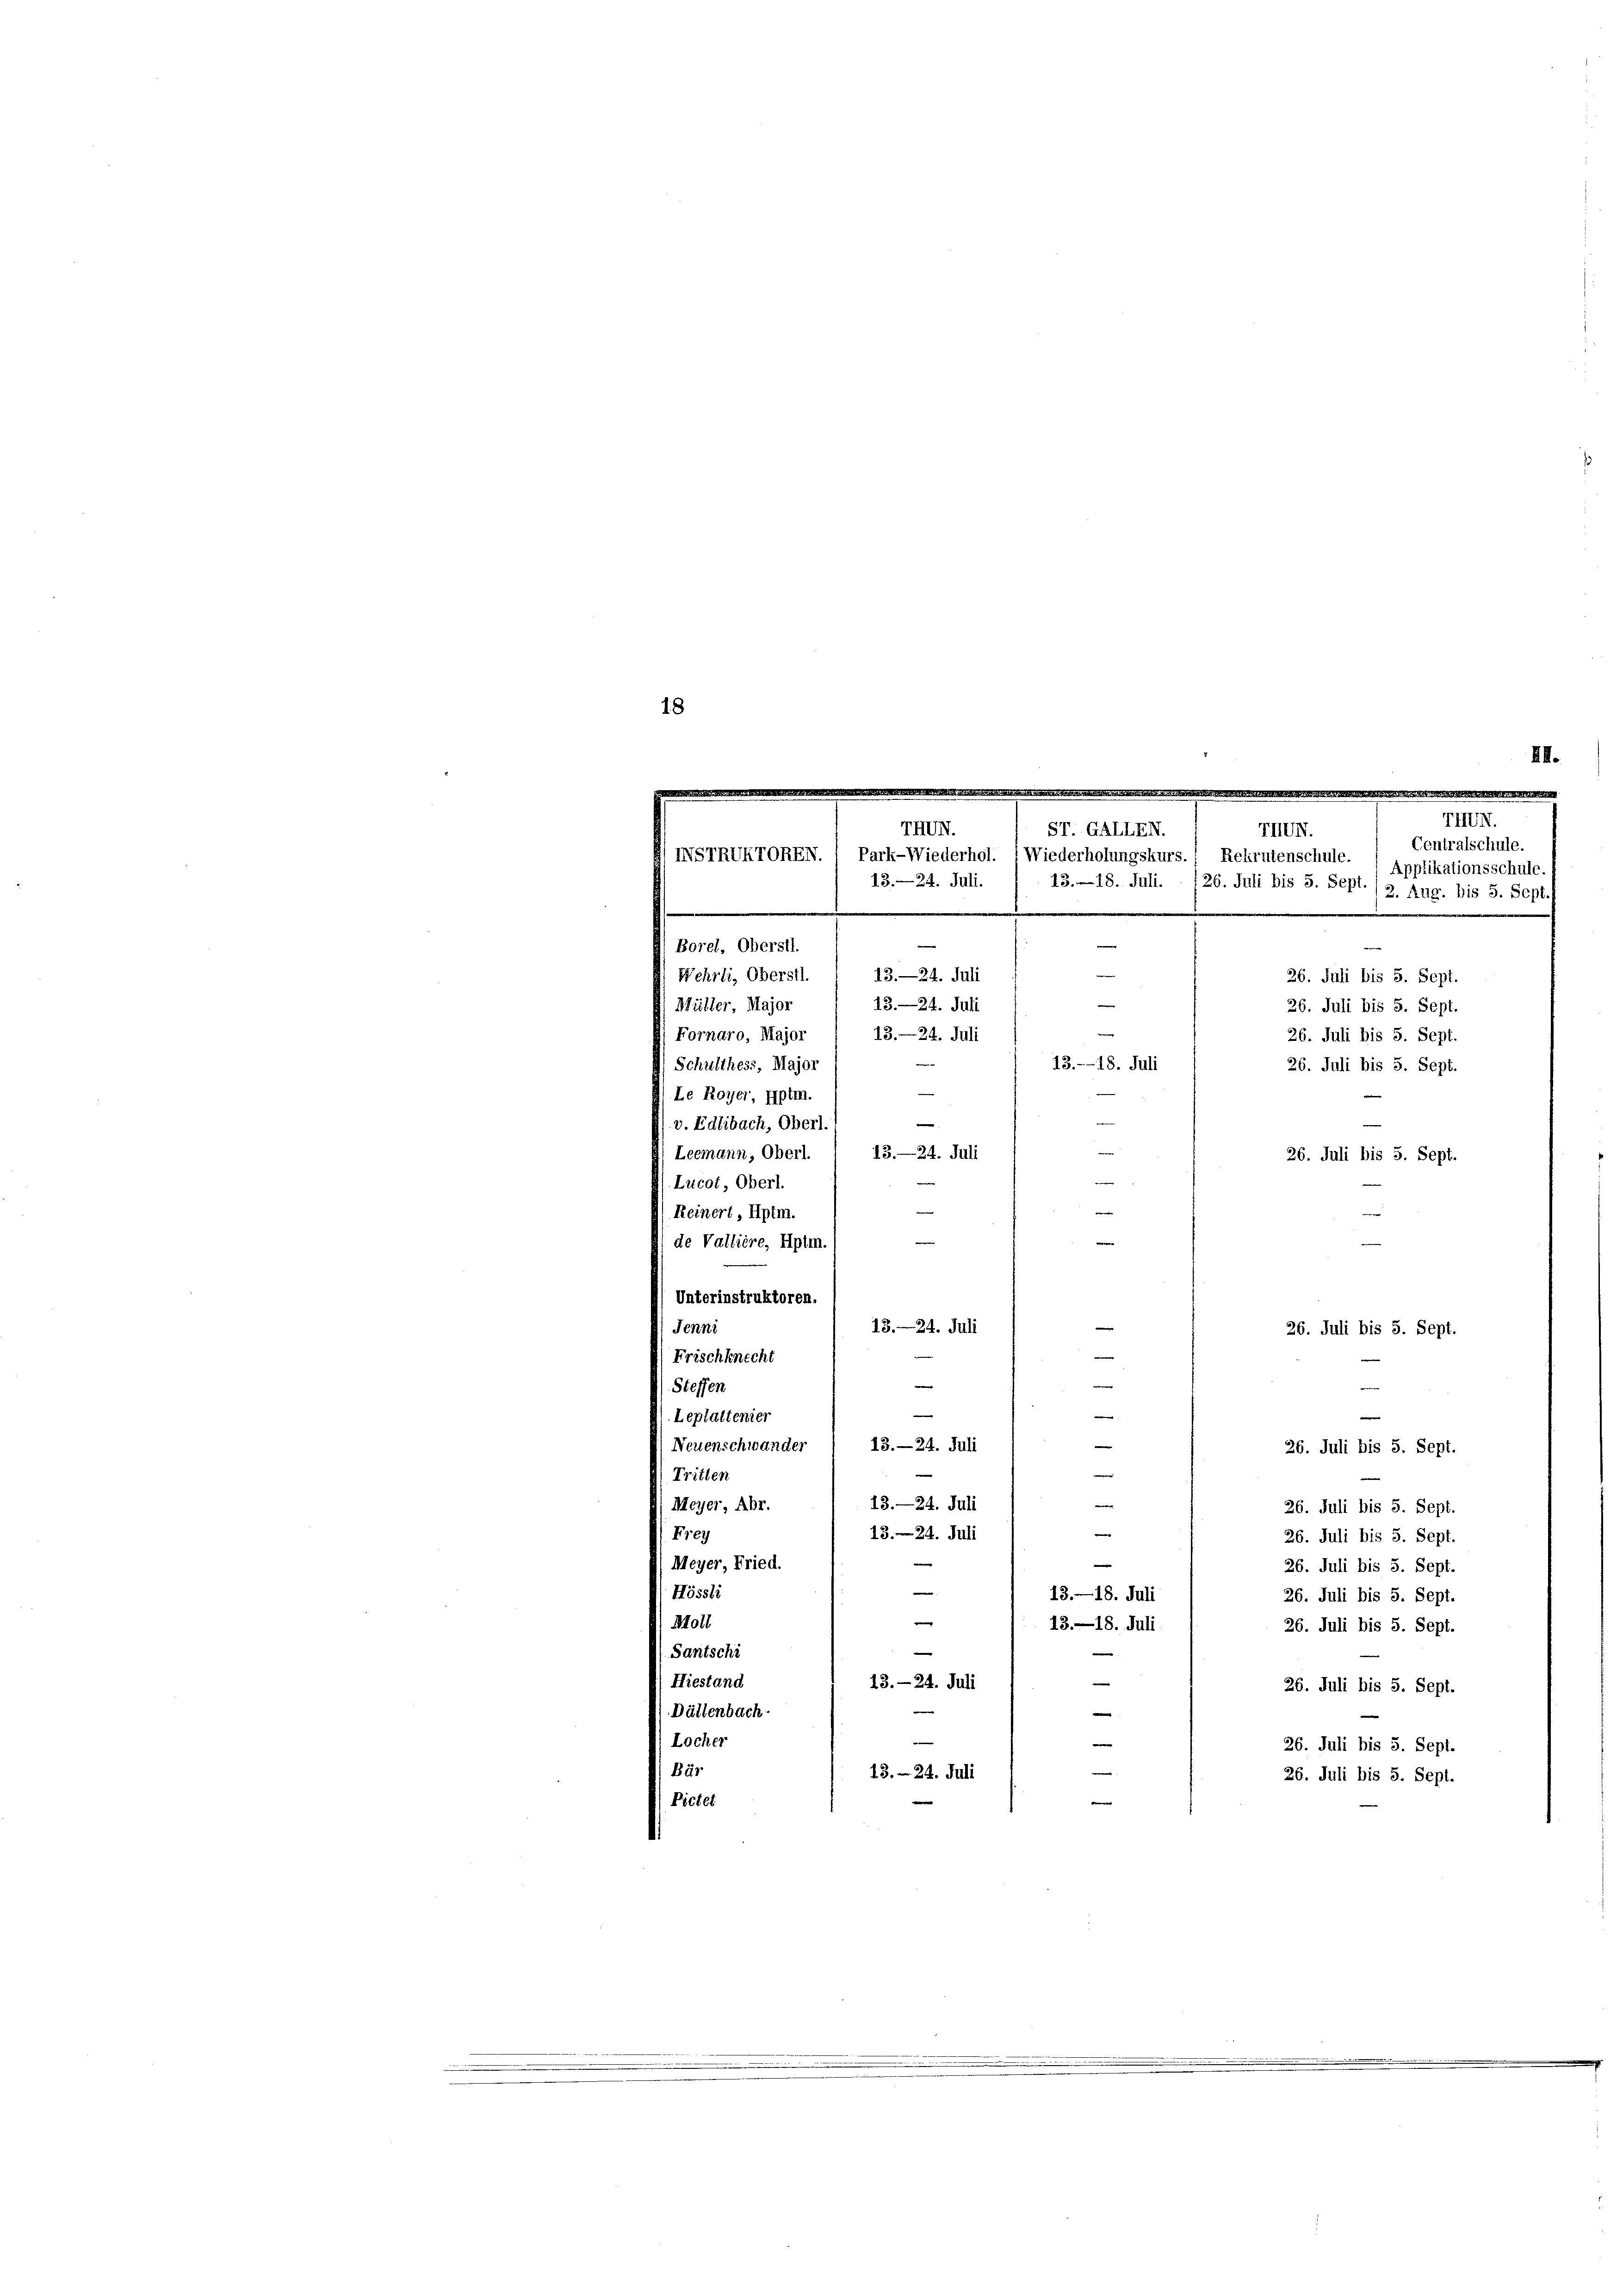
18

THUNI.
VIVII.
ST. GALLEN.
Centralschule.
INSTRUKTOREN. 1 Park-Wiederhol. (Wiederholungskurs.“ Rekrutenschule.
Applikationsschule.
13. 18. Juli.
13.—24. Juli.
26. Juli bis 5. Sept
2. Aug. bis 5. Sept.
.
.
.
e
e
Borel. Oberstl.
e
13—24. Juli
Wehrli, Oberstl.
26. Juli bis 5. Sept.
13.—24. Juli
Müller, Major
26. Juli bis 5. Sept.
13. 24. Juli
26. Juli bis 5. Sept.
13. 18. Juli
26. Juli bis 5. Sept.
2

26. Juli bis 5. Sept.
B
i
Reinert, Hptm.
e
e
e
de Vallière, Hptm.
Unterinstruktoren.
e
13. 24. Juli
Jenni
26. Juli bis 5. Sept.
Frischknecht
—
|
e
Steffen
—
e
Leplattenier
Neuenschwander 1 13.—24. Juli
26. Juli bis 5. Sept.
—
Tritten

Fornaro, Major
Schulthess, Major
Le Royer, Hptm.
Leemann, Oberl.
Lucot, Oberl.

v. Edlibach, Oberl.

13.—24. Juli
Meyer, Abr.
13. 24. Juli
Frey
Meyer, Fried.
—
155515
e
Moll
|
Santschi
Hiestand
13.- 24. Juli
ällenbach-

13.—24. Juli

e

13. 24. Juli

e
26. Juli bis 5. Sept.
n
13.—18. Juli
13.—18. Juli
e
26. Juli bis 5. Sept.
e
26. Juli bis 5. Sept.
26. Juli bis 5. Sept.

26. Juli bis 5. Sept.
26. Juli bis 5. Sept.
26. Juli bis 5. Sept.
26. Juli bis 5. Sept.